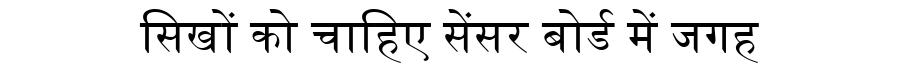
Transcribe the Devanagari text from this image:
सिखों को चाहिए सेंसर बोर्ड में जगह